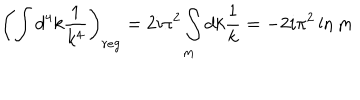
\left( \int d ^ { 4 } k \frac { 1 } { k ^ { 4 } } \right) _ { r e g } = 2 i \pi ^ { 2 } \int _ { m } d k \frac { 1 } { k } = - 2 i \pi ^ { 2 } \ln m